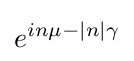
e^{in\mu -|n|\gamma }